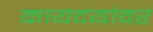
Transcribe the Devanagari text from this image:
कायदयांवर